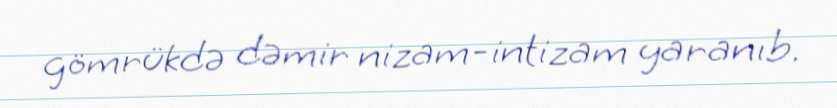
gömrükdə dəmir nizam-intizam yaranıb.